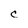
Character: C